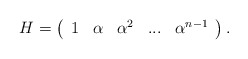
\begin{align*}H=\left( \begin{array}{ccccc}1 & \alpha & \alpha ^{2} & ... & \alpha ^{n-1}\end{array}\right) . \end{align*}